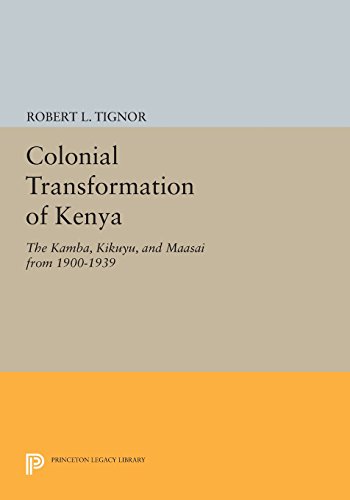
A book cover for Colonial Transformation of Kenya: The Kamba, Kikuyu, and Maasai from 1900-1939 (Princeton Legacy Library); Robert L. Tignor; History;